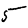
Digit: 5